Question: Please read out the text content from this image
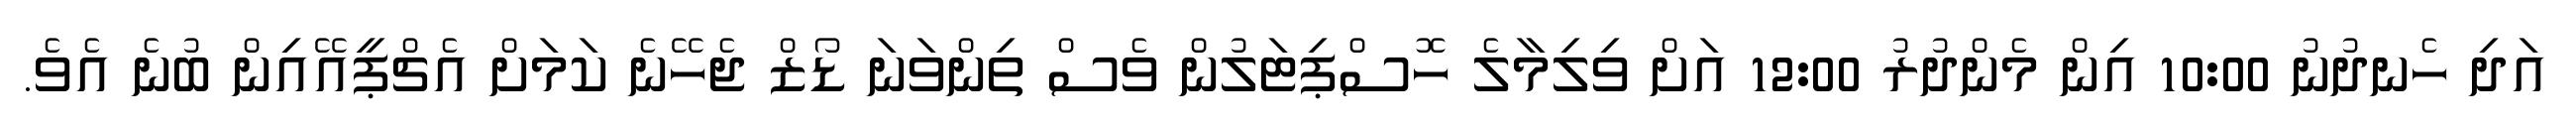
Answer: އަދި ހެނދުނު 10:00 އިން މެންދުރު 12:00 އަށް ވިލިމާލެ ހޮސްޕިޓަލުން ވެސް ތިންވަނަ ޑޯޒް ޖެހޭނެ ކަމަށް އެޗްޕީއޭއިން ބުނެ އެވެ.